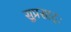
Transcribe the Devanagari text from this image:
सुप्रसादः